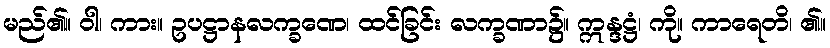
မည်၏။ ဝါ၊ ကား။ ဥပဋ္ဌာနလက္ခဏေ၊ ထင်ခြင်း လက္ခဏာ၌။ ဣန္ဒဋ္ဌံ၊ ကို။ ကာရေတိ၊ ၏။